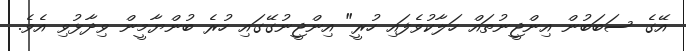
އޭގެ ސަބަބުން އިންޖީނުތައް ހަލާކުވެފައި ހުރީ" އިންޖީނުގޭގައި ހުރެ ބުންޔާމީން ވިދާޅުވި އެވެ.